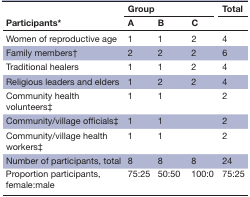
<table><thead><tr><td rowspan="2"><b>Participants*</b></td><td colspan="3"><b>Group</b></td><td><b>Total</b></td></tr><tr><td><b>A</b></td><td><b>B</b></td><td><b>C</b></td><td></td></tr></thead><tbody><tr><td>Women of reproductive age</td><td>1</td><td>1</td><td>2</td><td>4</td></tr><tr><td>Family members†</td><td>2</td><td>2</td><td>2</td><td>6</td></tr><tr><td>Traditional healers</td><td>1</td><td>1</td><td>2</td><td>4</td></tr><tr><td>Religious leaders and elders</td><td>1</td><td>2</td><td>2</td><td>4</td></tr><tr><td>Community health volunteers‡</td><td>1</td><td>1</td><td></td><td>2</td></tr><tr><td>Community/village officials‡</td><td>1</td><td>1</td><td></td><td>2</td></tr><tr><td>Community/village health workers‡</td><td>1</td><td>1</td><td></td><td>2</td></tr><tr><td>Number of participants, total</td><td>8</td><td>8</td><td>8</td><td>24</td></tr><tr><td>Proportion participants, female:male</td><td>75:25</td><td>50:50</td><td>100:0</td><td>75:25</td></tr></tbody></table>